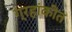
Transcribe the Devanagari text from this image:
ग्रहांकीत